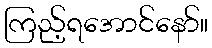
ကြည့်ရအောင်နော်။